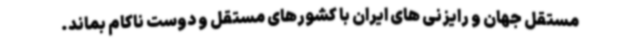
مستقل جهان و رایزنی های ایران با کشورهای مستقل و دوست ناکام بماند.